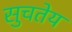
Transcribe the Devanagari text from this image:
सुचतेय